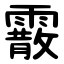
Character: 霰